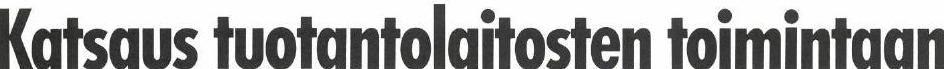
Katsaus tuotantolaitosten toimintaan